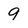
Character: 9